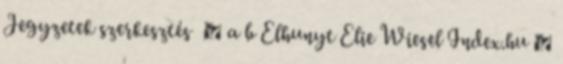
Jegyzetek szerkesztés ↑ a b Elhunyt Elie Wiesel Index.hu ↑